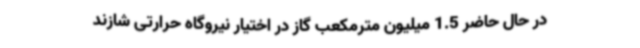
در حال حاضر 1.5 میلیون مترمکعب گاز در اختیار نیروگاه حرارتی شازند